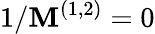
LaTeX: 1/\mathbf{M}^{(1,2)}=0